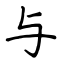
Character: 与